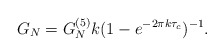
\begin{align*}G_{N}=G^{(5)}_{N}k(1-e^{-2\pi k\tau_{c}})^{-1}.\end{align*}